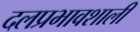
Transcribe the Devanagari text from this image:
दलप्रभावशाली